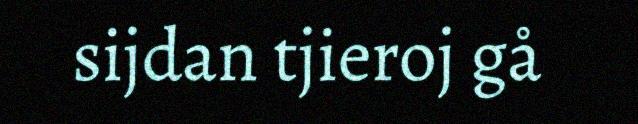
sijdan tjieroj gå